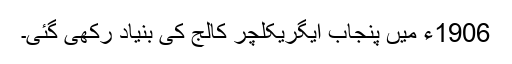
1906ء میں پنجاب ایگریکلچر کالج کی بنیاد رکھی گئی۔